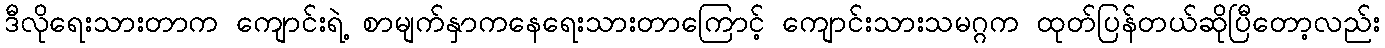
ဒီလိုရေးသားတာက ကျောင်းရဲ့ စာမျက်နှာကနေရေးသားတာကြောင့် ကျောင်းသားသမဂ္ဂက ထုတ်ပြန်တယ်ဆိုပြီတော့လည်း